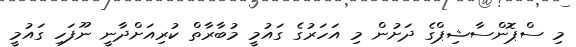
މި ސްޕޮންސާޝިޕްގެ ދަށުން މި އަހަރުގެ ގައުމީ މުބާރާތް ކުރިއަށްދާނީ ނޫފަހި ގައުމީ